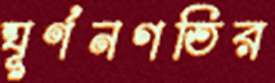
ঘূর্ণনগতির